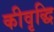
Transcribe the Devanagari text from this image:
कीवृद्धि